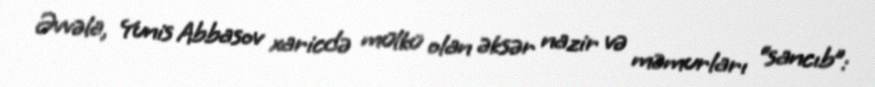
Əvvəla, Yunis Abbasov xaricdə mülkü olan əksər nazir və məmurları “sancıb”: